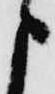
申